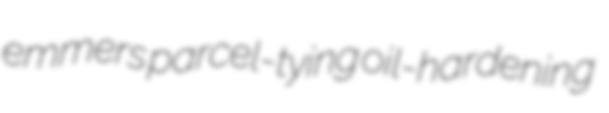
emmers parcel-tying oil-hardening